Scottish Leaving Certificate Examination, 1959
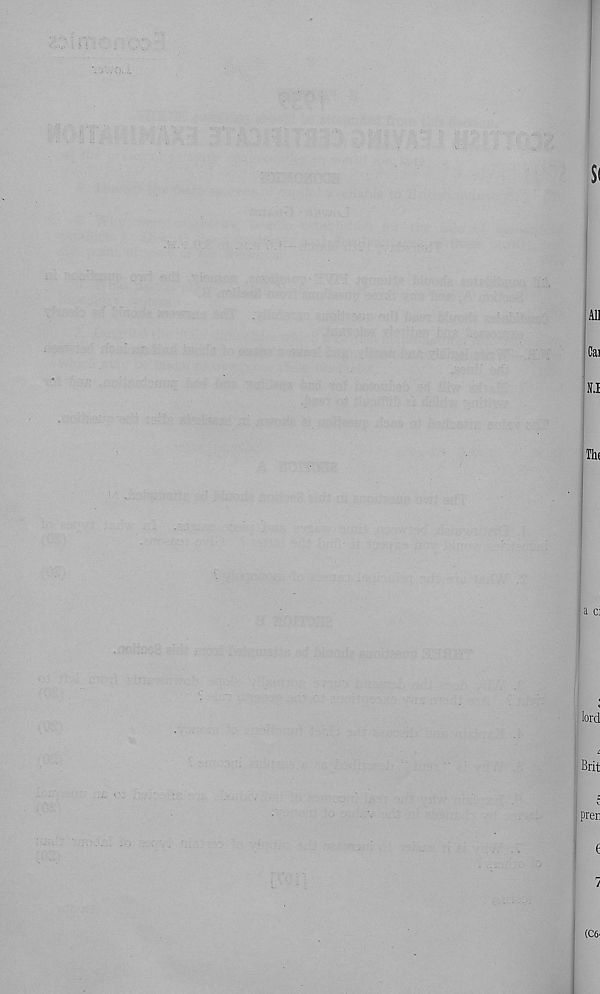
Si
All
Cai
• I
O
Ili(
a ci
lord
L
Brit
pren
7
(C6-